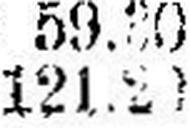
121.20